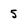
Character: 5